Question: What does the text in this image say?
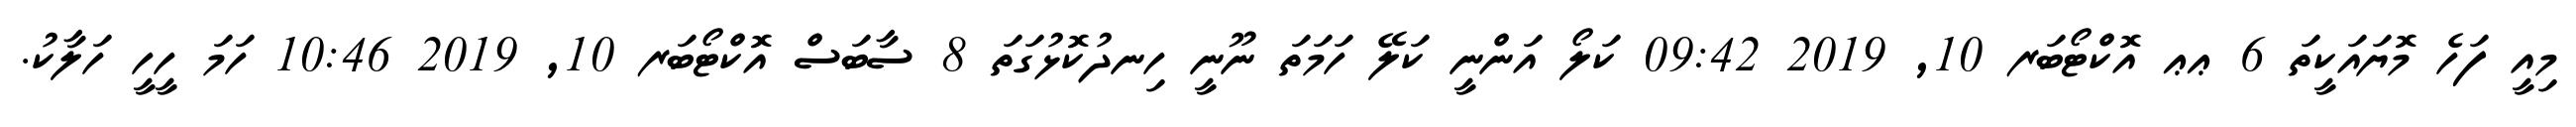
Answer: މިއީ ފަހެ މޮޔައަކީތަ 6 ޢޢ އޮކްޓޯބަރ 10, 2019 09:42 ކަލޯ އަންނީ ކަލޭ ހަމަތަ ނޫނީ ހިނދުކޮޅުގަތަ 8 ސާބަސް އޮކްޓޯބަރ 10, 2019 10:46 ހަމަ ހީހީ ހަލާކު.